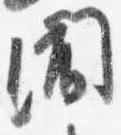
聞